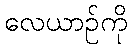
လေယာဉ်ကို